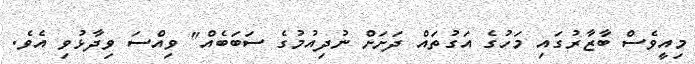
މިއީވެސް ބާޒާރުގައި މަހުގެ އަގުތައް ދަށަށް ނުދިއުމުގެ ސަބަބެއް" ވިއްސަ ވިދާޅުވި އެވެ.